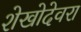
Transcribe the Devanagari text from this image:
शेखोदेवरा